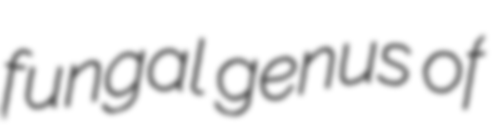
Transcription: fungal genus of